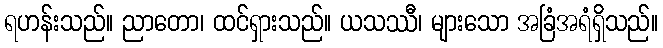
ရဟန်းသည်။ ညာတော၊ ထင်ရှားသည်။ ယသဿီ၊ များသော အခြံအရံရှိသည်။